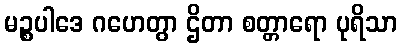
မဉ္စပါဒေ ဂဟေတွာ ဌိတာ စတ္တာရော ပုရိသာ